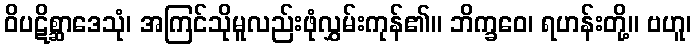
ဝိပဋိစ္ဆာဒေသုံ၊ အကြင်သိုမူလည်းဖုံလွှမ်းကုန်၏။ ဘိက္ခဝေ၊ ရဟန်းတို့။ ဗဟူ၊